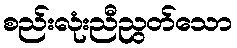
စည်းလုံးညီညွတ်သော